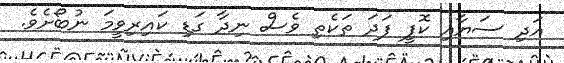
އަދި ސަޔާއި ކޮފީ ފަދަ ތަކެތި ވެސް ނިދާ ގަޑި ކައިރިވީމަ ނުބޯށެވެ.